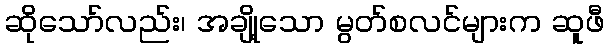
ဆိုသော်လည်း၊ အချို့သော မွတ်စလင်များက ဆူဖီ